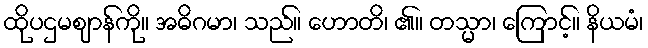
ထိုပဌမဈာန်ကို။ အဓိဂမာ၊ သည်။ ဟောတိ၊ ၏။ တသ္မာ၊ ကြောင့်။ နိယမံ၊